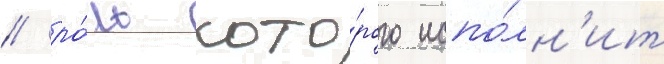
/ ро́ль кото́рого испо́лн'ит